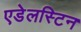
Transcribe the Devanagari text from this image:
एडेलस्टिन